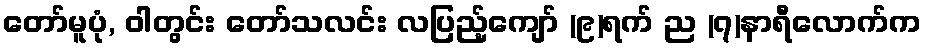
တော်မူပုံ, ဝါတွင်း တော်သလင်း လပြည့်ကျော် (၉)ရက် ည (၇)နာရီလောက်က